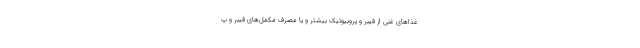
غذا‌های غنی از فیبر و پروبیوتیک بیشتر و یا مصرف مکمل‌های فیبر و پ